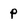
Character: p